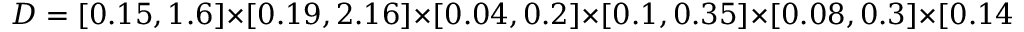
D = [ 0 . 1 5 , 1 . 6 ] \times [ 0 . 1 9 , 2 . 1 6 ] \times [ 0 . 0 4 , 0 . 2 ] \times [ 0 . 1 , 0 . 3 5 ] \times [ 0 . 0 8 , 0 . 3 ] \times [ 0 . 1 4 , 2 . 6 7 ] \times [ 0 . 0 5 , 0 . 1 ]